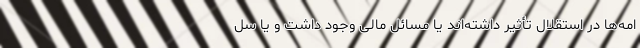
امه‌ها در استقلال تأثیر داشته‌اند یا مسائل مالی وجود داشت و یا سل